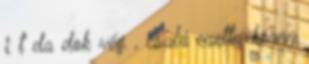
i t da dok vég , csalá ezettu körny